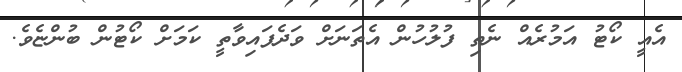
އެއީ ކޯޓު އަމުރެއް ނެތި ފުލުހުން އެތަނަށް ވަދެފައިވާތީ ކަމަށް ކޯޓުން ބުންޏެވެ.